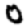
Digit: 0